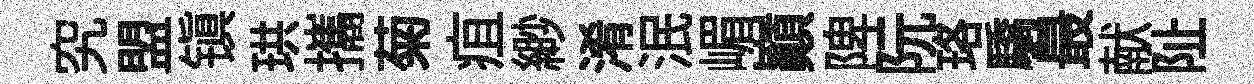
究盟镇珙攜菊疽緲淆泯嵋巔陴阮珞驕最献阯